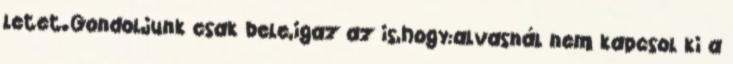
letet.Gondoljunk csak bele,igaz az is,hogy:alvasnál nem kapcsol ki a